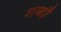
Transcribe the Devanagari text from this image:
शब्दौ